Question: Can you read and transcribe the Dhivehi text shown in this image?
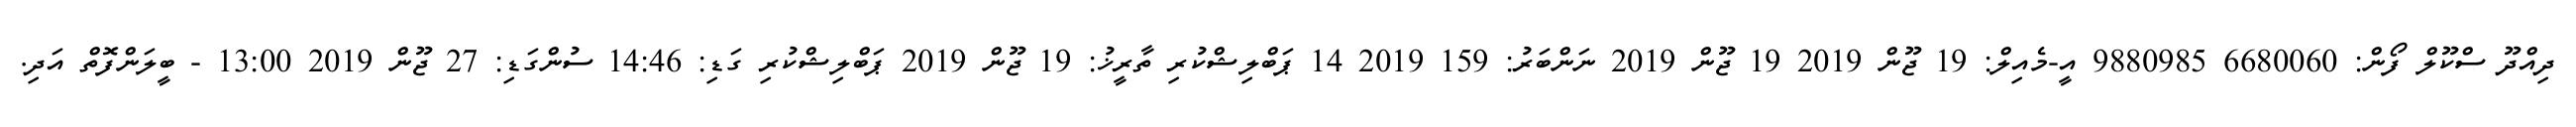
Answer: ދިއްދޫ ސްކޫލް ފޯން: 6680060 9880985 އީ-މެއިލް: 19 ޖޫން 2019 19 ޖޫން 2019 ނަންބަރު: 159 2019 14 ޕަބްލިޝްކުރި ތާރީޚު: 19 ޖޫން 2019 ޕަބްލިޝްކުރި ގަޑި: 14:46 ސުންގަޑި: 27 ޖޫން 2019 13:00 - ބީލަންފޮތް އަދި.